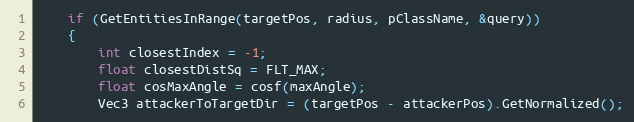
Language: C++
	if (GetEntitiesInRange(targetPos, radius, pClassName, &query))
	{
		int closestIndex = -1;
		float closestDistSq = FLT_MAX;
		float cosMaxAngle = cosf(maxAngle);
		Vec3 attackerToTargetDir = (targetPos - attackerPos).GetNormalized();